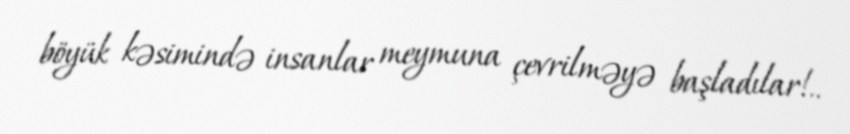
böyük kəsimində insanlar meymuna çevrilməyə başladılar!..